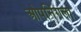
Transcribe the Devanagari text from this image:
ओपनिंगला